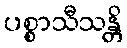
ပစ္စာသီသန္တိ